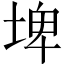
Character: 埤